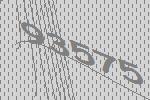
93575